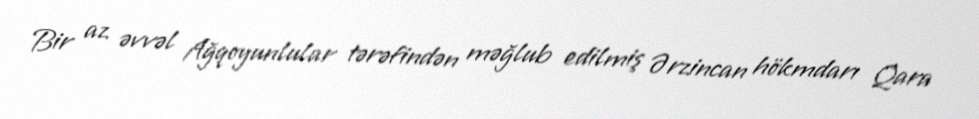
Bir az əvvəl Ağqoyunlular tərəfindən məğlub edilmiş Ərzincan hökmdarı Qara